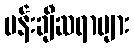
ပန်းချီဆရာများ